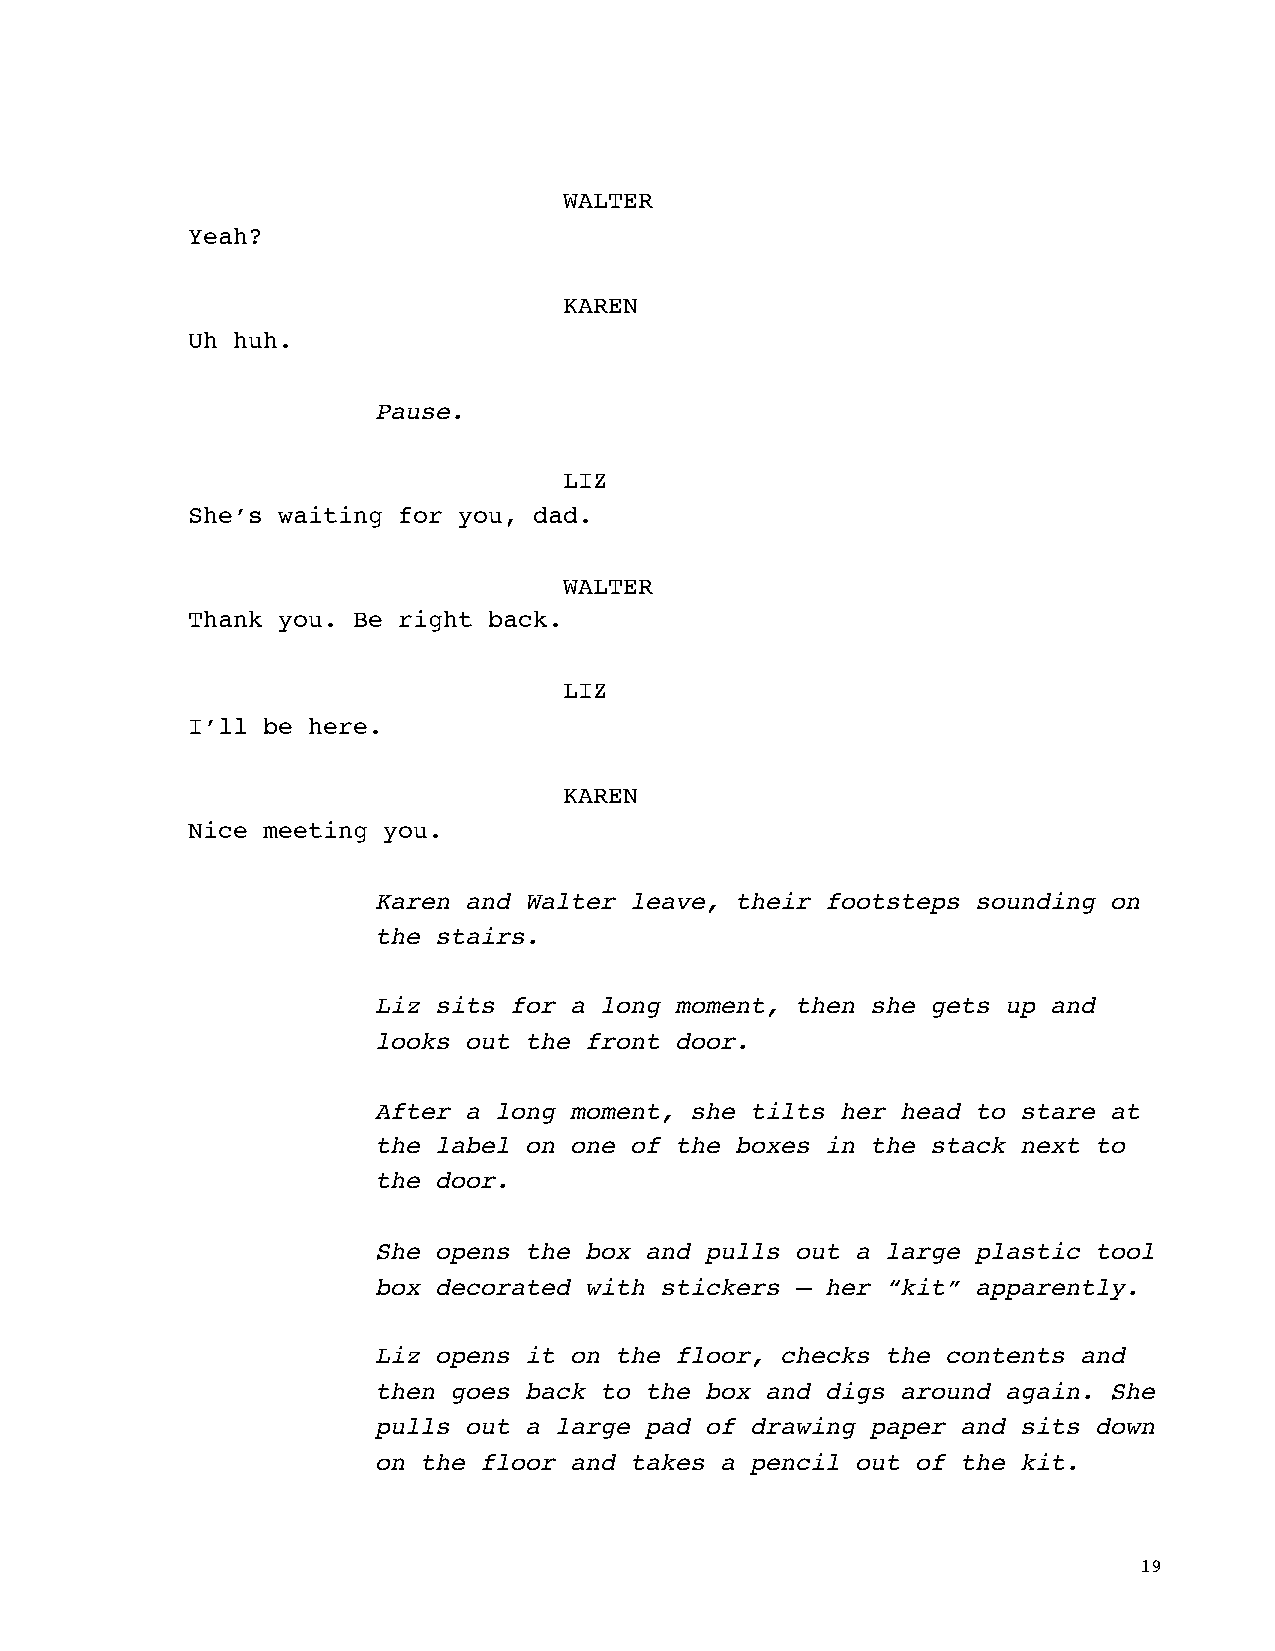
WALTER
 Yeah?
 KAREN
 Uh huh.
 Pause.
 LIZ
 She’s waiting for you, dad.
 WALTER
 Thank you. Be right back.
 LIZ
 I’ll be here.
 KAREN
 Nice meeting you.
 Karen and Walter leave, their footsteps sounding on
 the stairs.
 Liz sits for a long moment, then she gets up and
 looks out the front door.
 After a long moment, she tilts her head to stare at
 the label on one of the boxes in the stack next to
 the door.
 She opens the box and pulls out a large plastic tool
 box decorated with stickers — her “kit” apparently.
 Liz opens it on the floor, checks the contents and
 then goes back to the box and digs around again. She
 pulls out a large pad of drawing paper and sits down
 on the floor and takes a pencil out of the kit.
 19